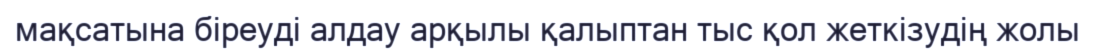
мақсатына біреуді алдау арқылы қалыптан тыс қол жеткізудің жолы